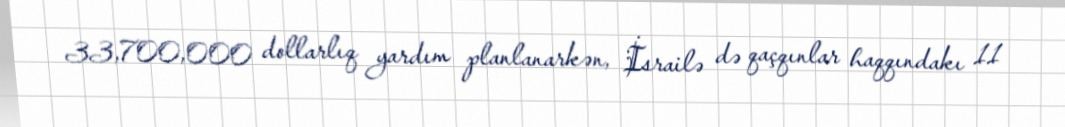
33,700,000 dollarlıq yardım planlanarkən, İsrailə də qaçqınlar haqqındakı 11